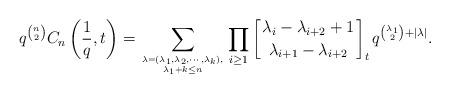
LaTeX: \begin{align*}q^{{n}\choose {2}}C_n\left(\frac{1}{q},t\right)=\sum_{\lambda=(\lambda_1,\lambda_2,\cdots,\lambda_k),\atop \lambda_1+k\leq n}\prod_{i \geq 1} \left[\lambda_i-\lambda_{i+2}+1 \atop \lambda_{i+1}-\lambda_{i+2}\right]_t q^{{\lambda_1\choose 2}+|\lambda|}.\end{align*}